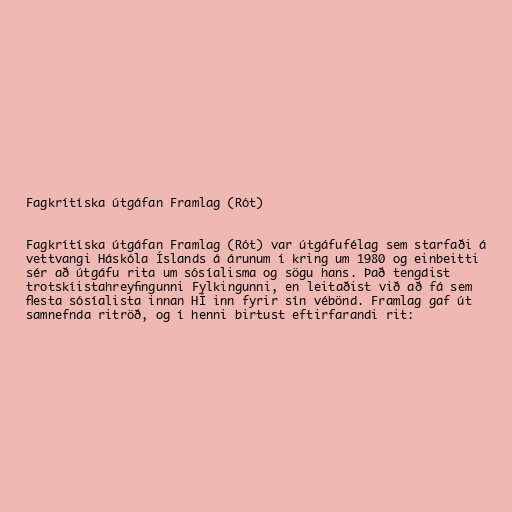
Fagkrítíska útgáfan Framlag (Rót)

Fagkrítíska útgáfan Framlag (Rót) var útgáfufélag sem starfaði á
vettvangi Háskóla Íslands á árunum í kring um 1980 og einbeitti
sér að útgáfu rita um sósíalisma og sögu hans. Það tengdist
trotskíistahreyfingunni Fylkingunni, en leitaðist við að fá sem
flesta sósíalista innan HÍ inn fyrir sín vébönd. Framlag gaf út
samnefnda ritröð, og í henni birtust eftirfarandi rit: